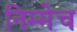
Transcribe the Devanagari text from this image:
निम्मेच